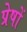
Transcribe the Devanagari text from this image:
प्रेषों